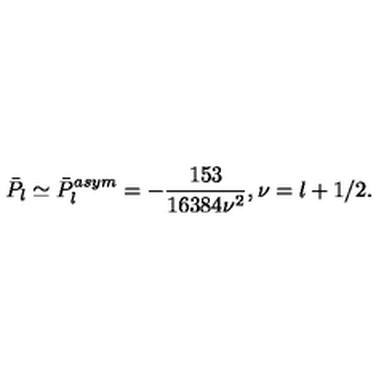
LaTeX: \bar { P } _ { l } \simeq \bar { P } _ { l } ^ { a s y m } = - \frac { 1 5 3 } { 1 6 3 8 4 \nu ^ { 2 } } , \nu = l + 1 / 2 .